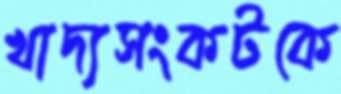
খাদ্যসংকটকে